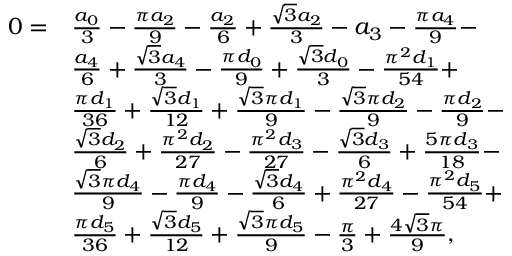
\begin{array} { r l } { 0 = } & { \frac { a _ { 0 } } { 3 } - \frac { \pi a _ { 2 } } { 9 } - \frac { a _ { 2 } } { 6 } + \frac { \sqrt { 3 } a _ { 2 } } { 3 } - a _ { 3 } - \frac { \pi a _ { 4 } } { 9 } - } \\ & { \frac { a _ { 4 } } { 6 } + \frac { \sqrt { 3 } a _ { 4 } } { 3 } - \frac { \pi d _ { 0 } } { 9 } + \frac { \sqrt { 3 } d _ { 0 } } { 3 } - \frac { \pi ^ { 2 } d _ { 1 } } { 5 4 } + } \\ & { \frac { \pi d _ { 1 } } { 3 6 } + \frac { \sqrt { 3 } d _ { 1 } } { 1 2 } + \frac { \sqrt { 3 } \pi d _ { 1 } } { 9 } - \frac { \sqrt { 3 } \pi d _ { 2 } } { 9 } - \frac { \pi d _ { 2 } } { 9 } - } \\ & { \frac { \sqrt { 3 } d _ { 2 } } { 6 } + \frac { \pi ^ { 2 } d _ { 2 } } { 2 7 } - \frac { \pi ^ { 2 } d _ { 3 } } { 2 7 } - \frac { \sqrt { 3 } d _ { 3 } } { 6 } + \frac { 5 \pi d _ { 3 } } { 1 8 } - } \\ & { \frac { \sqrt { 3 } \pi d _ { 4 } } { 9 } - \frac { \pi d _ { 4 } } { 9 } - \frac { \sqrt { 3 } d _ { 4 } } { 6 } + \frac { \pi ^ { 2 } d _ { 4 } } { 2 7 } - \frac { \pi ^ { 2 } d _ { 5 } } { 5 4 } + } \\ & { \frac { \pi d _ { 5 } } { 3 6 } + \frac { \sqrt { 3 } d _ { 5 } } { 1 2 } + \frac { \sqrt { 3 } \pi d _ { 5 } } { 9 } - \frac { \pi } { 3 } + \frac { 4 \sqrt { 3 } \pi } { 9 } , } \end{array}